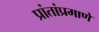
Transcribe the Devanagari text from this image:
प्रांतांप्रमाणे